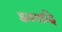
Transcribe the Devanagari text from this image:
इतयादि